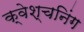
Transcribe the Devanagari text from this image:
क्वेश्चनिंग